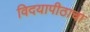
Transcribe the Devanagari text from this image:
विदयापीठाचा